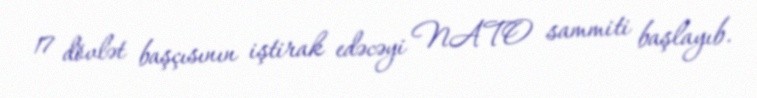
17 dövlət başçısının iştirak edəcəyi NATO sammiti başlayıb.